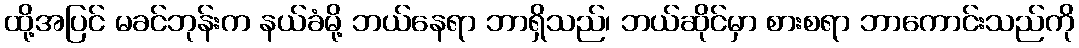
ထို့အပြင် မခင်ဘုန်းက နယ်ခံမို့ ဘယ်နေရာ ဘာရှိသည်၊ ဘယ်ဆိုင်မှာ စားစရာ ဘာကောင်းသည်ကို